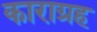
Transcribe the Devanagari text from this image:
काराग्रह